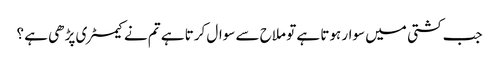
جب کشتی میں سوار ہوتا ہے تو ملاح سے سوال کرتا ہے تم نے کیمسٹری پڑھی ہے ؟